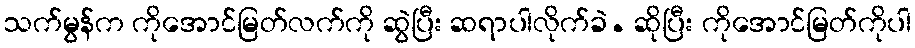
သက်မွန်က ကိုအောင်မြတ်လက်ကို ဆွဲပြီး ဆရာပါလိုက်ခဲ. ဆိုပြီး ကိုအောင်မြတ်ကိုပါ